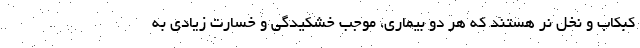
کبکاب و نخل نر هستند که هر دو بیماری، موجب خشکیدگی و خسارت زیادی به